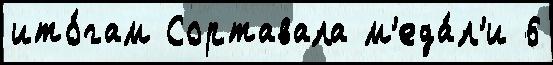
ито́гам Сортавала м'еда́л'и 6